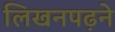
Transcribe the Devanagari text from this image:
लिखनपढ़ने